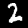
Digit: 2